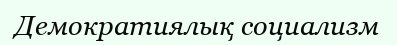
Демократиялық социализм